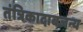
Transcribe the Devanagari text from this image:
तंत्रिकादाबजन्य